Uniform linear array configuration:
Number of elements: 32
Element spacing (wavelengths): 0.25
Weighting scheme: hamming
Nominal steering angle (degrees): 30
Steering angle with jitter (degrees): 30.072
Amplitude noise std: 0.05
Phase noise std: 0.05

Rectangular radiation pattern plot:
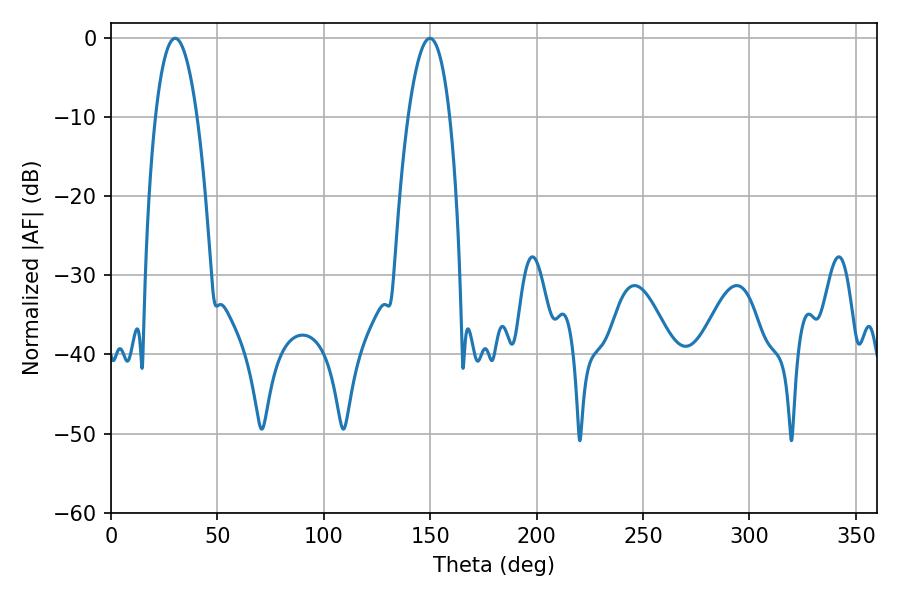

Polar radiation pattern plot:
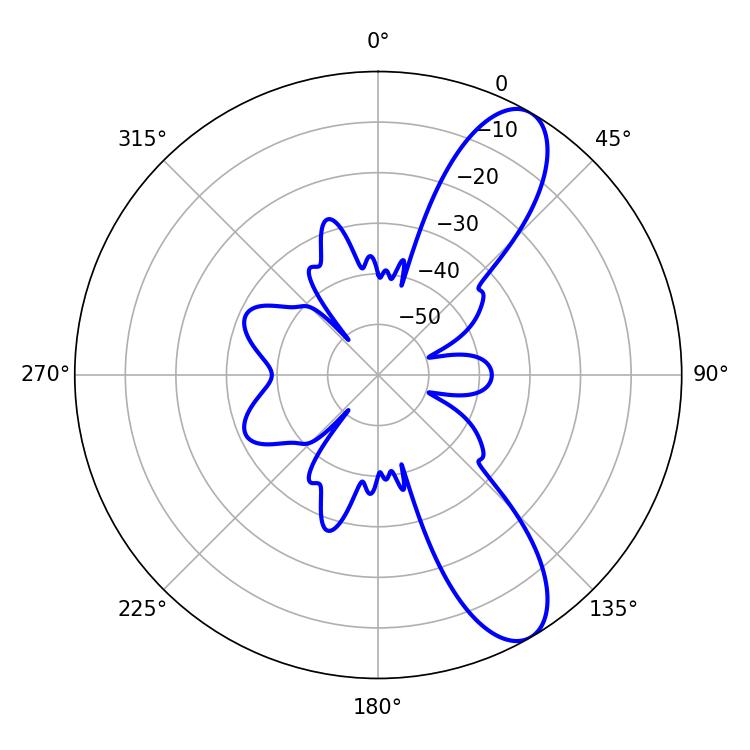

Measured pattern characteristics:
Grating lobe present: FALSE
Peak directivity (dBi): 9.917
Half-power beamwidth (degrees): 10.8
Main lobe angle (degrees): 30.06